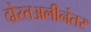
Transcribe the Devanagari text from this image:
दोस्तअलीनंतर